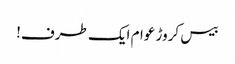
بیس کروڑ عوام ایک طرف!